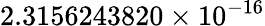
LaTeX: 2.3156243820\times 10^{-16}